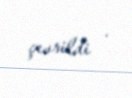
çevrildi .